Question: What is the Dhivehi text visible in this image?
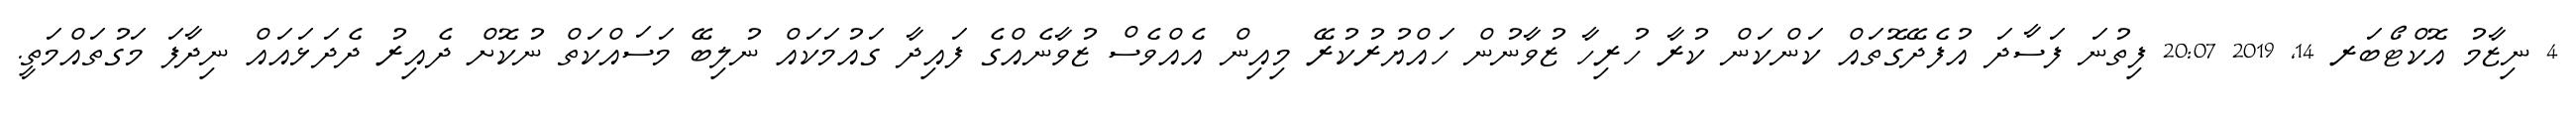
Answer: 4 ނިޒާމު އޮކްޓޯބަރ 14, 2019 20:07 ފިތުނަ ފަސާދަ އުފެދޭގޮތައް ކަންކަން ކުރާ ހުރިހާ ޒުވާނުން ހައްޔުރުކުރޭ މިއިން އެއްވެސް ޒުވާނެއްގެ ފައިދާ ގައުމަކައް ނުލިބޭ މަސައްކަތް ނުކޮށް ދެއިރު ދެދަޅައައް ނިދާފަ މަގުތައްމަތީ.